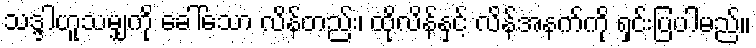
သဒ္ဒါဟူသမျှကို ခေါ်သော လိန်တည်း၊ ထိုလိန်နှင့် လိန်အနက်ကို ရှင်းပြပါမည်။